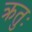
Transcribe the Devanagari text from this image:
क्रतुः